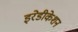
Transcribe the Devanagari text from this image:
इरेडीकेशन